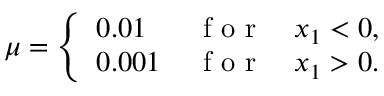
\mu = \left\{ \begin{array} { l l } { 0 . 0 1 \, } & { \mathrm { ~ f ~ o ~ r ~ } \quad x _ { 1 } < 0 , } \\ { 0 . 0 0 1 \, } & { \mathrm { ~ f ~ o ~ r ~ } \quad x _ { 1 } > 0 . } \end{array} \right.